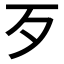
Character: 歹